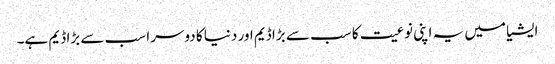
ایشیا میں یہ اپنی نوعیت کا سب سے بڑا ڈیم اور دنیا کا دوسرا سب سے بڑا ڈیم ہے۔